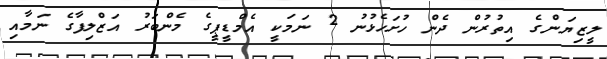
ލީޒިޔަންގެ އިތުރުން ދެން ހުށަހެޅުނު 2 ނަމަކީ އެމްޑީޕީގެ މެންބަރު އަޒްލިފާގެ ނަމާއި